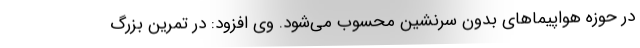
در حوزه هواپیماهای بدون سرنشین محسوب می‌شود. وی افزود: در تمرین بزرگ